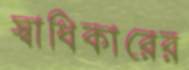
স্বাধিকারের